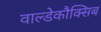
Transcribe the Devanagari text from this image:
वाल्डेकौक्सिब